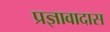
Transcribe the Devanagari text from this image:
प्रज्ञावादास